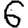
Digit: 6